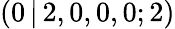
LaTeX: (0\, |\, 2,0,0,0;2)